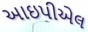
આઇપીએલ